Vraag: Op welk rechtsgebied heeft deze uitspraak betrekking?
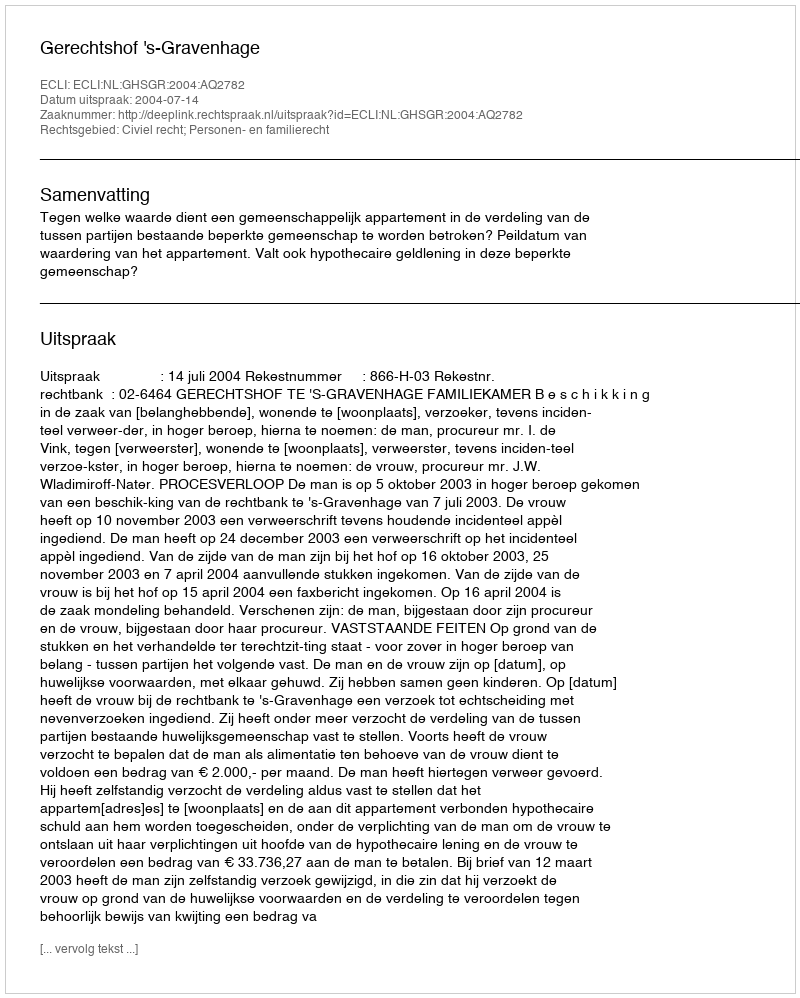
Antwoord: Civiel recht; Personen- en familierecht